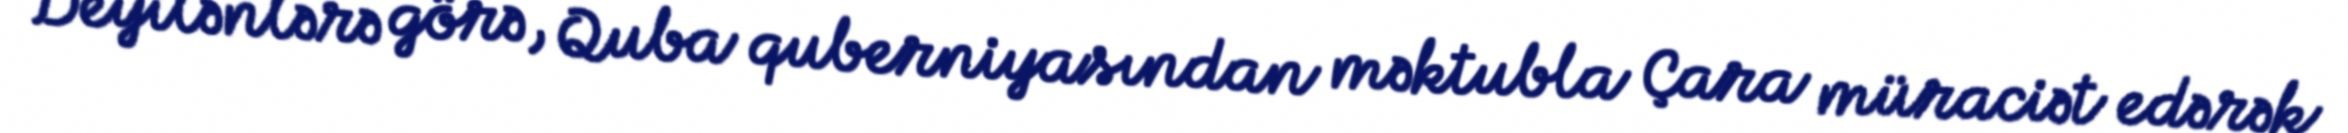
Deyilənlərə görə, Quba quberniyasından məktubla Çara müraciət edərək